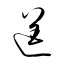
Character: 逞